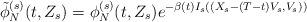
LaTeX: \begin{align*}\tilde{\phi}_N^{(s)} (t,Z_s) = \phi_N^{(s)} (t,Z_s) e^{-\beta (t) I_s ((X_s - (T-t)V_s,V_s))}\end{align*}